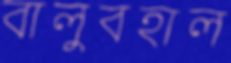
বালুবহাল